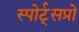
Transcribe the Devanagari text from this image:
स्पोर्ट्‌सप्रो